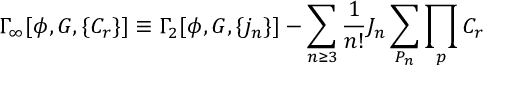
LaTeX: \Gamma _ { \infty } [ \phi , G , \{ C _ { r } \} ] \equiv \Gamma _ { 2 } [ \phi , G , \{ j _ { n } \} ] - \sum _ { n \ge 3 } { \frac 1 { n ! } } J _ { n } \sum _ { P _ { n } } \prod _ { p } C _ { r }